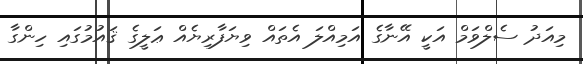
މިއަދު ސެލްވަމް އަކީ އޭނާގެ އަމިއްލަ އެތައް ވިޔަފާރިޔެއް ޢަލީގެ ޤައުމުގައި ހިންގާ